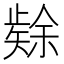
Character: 𮀉